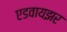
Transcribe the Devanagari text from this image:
एडवायझर